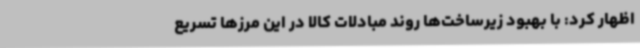
اظهار کرد: با بهبود زیرساخت‌ها روند مبادلات کالا در این مرزها تسریع